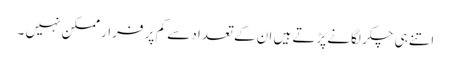
اتنے ہی چکر لگانے پڑتے ہیں ان کے تعداد سے کم پر فرار ممکن نہیں ۔